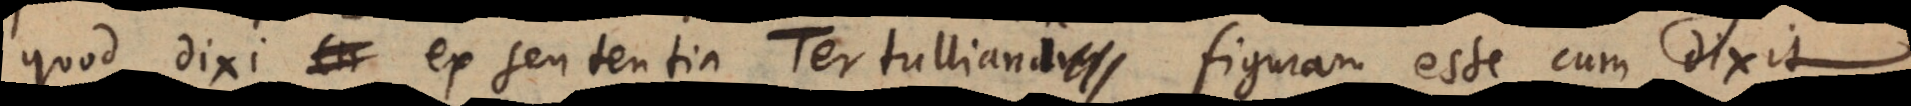
quod dixi ex sententia Tertulliani figuram esse cum dixit